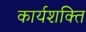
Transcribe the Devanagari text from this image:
कार्यशक्‍ति